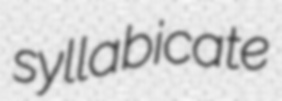
syllabicate